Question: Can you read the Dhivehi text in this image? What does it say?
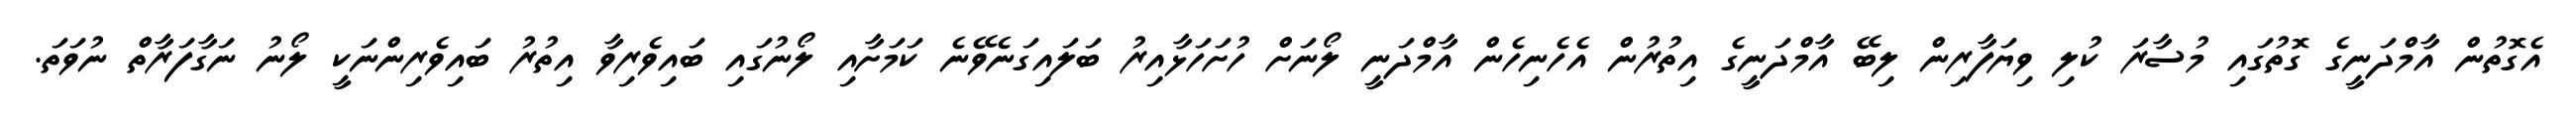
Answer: އެގޮތުން އާމްދަނީގެ ގޮތުގައި މުސާރަ ކުލި ވިޔަފާރިން ލިބޭ އާމްދަނީގެ އިތުރުން އެހެނިހެން އާމްދަނީ ލޯނަށް ހުށަހަޅާއިރު ބަލައިގަނެވޭނެ ކަމަށާއި ލޯނުގައި ބައިވެރިވާ އިތުރު ބައިވެރިންނަކީ ލޯނު ނަގާފަރާތް ނުވަތަ.